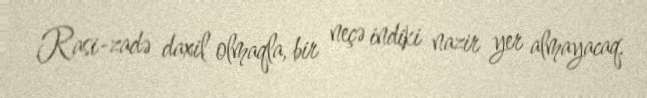
Rasi-zadə daxil olmaqla, bir neçə indiki nazir yer almayacaq.